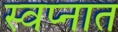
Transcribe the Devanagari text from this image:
स्‍वप्‍नात